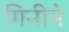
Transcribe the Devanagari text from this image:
गिनीने